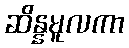
ဆိန္နမူလကာ